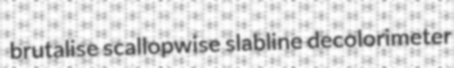
brutalise scallopwise slabline decolorimeter